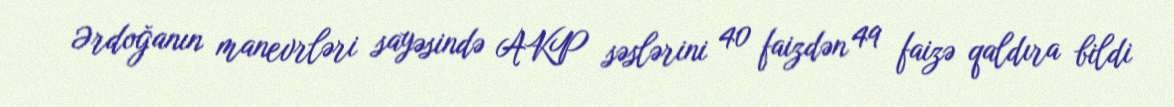
Ərdoğanın manevrləri sayəsində AKP səslərini 40 faizdən 49 faizə qaldıra bildi